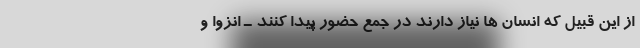
از این قبیل که انسان ها نیاز دارند در جمع حضور پیدا کنند ـ انزوا و